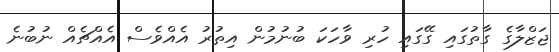
ޖަޒްލާގެ ގާތުގައި ގޭގައި ހުރި ވާހަކަ ބުނުމުން އިތުރު އެއްވެސް އެއްޗެއް ނުބުނެ